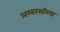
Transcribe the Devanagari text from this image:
अम्बरसरिया